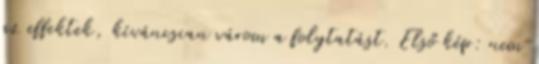
az effektek, kíváncsian várom a folytatást. Első kép: nem